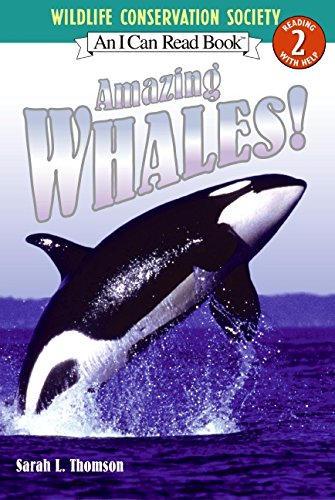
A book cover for Amazing Whales! (I Can Read Level 2); Sarah L. Thomson; Children's Books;